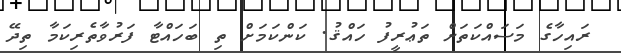
ރައިހާގެ މަސައްކަތަށް ތަޢުރީފު ހައްޤު. ކަންކަމަށް ތި ބަހައްޓާ ފަރުވާތެރިކަމާ ތިދޭ